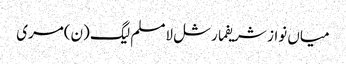
میاں نواز شریفمارشل لامسلم لیگ (ن)مری